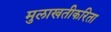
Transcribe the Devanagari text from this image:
मुलाखतीकरिता